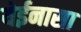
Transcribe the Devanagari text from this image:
येईनासा